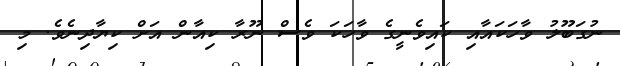
ނުގަބޫލު ވާހަކައާއި ކައިވެނީގެ ވާހަކަ ވެސް ނޫރާ ކިއާން އަށް ކިޔާދިނެވެ. މި